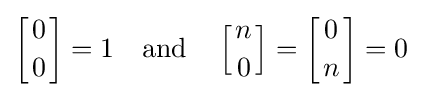
\left[{0 \atop 0}\right]=1\quad {\mbox{and}}\quad \left[{n \atop 0}\right]=\left[{0 \atop n}\right]=0